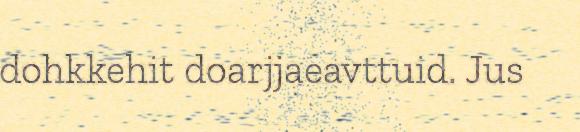
dohkkehit doarjjaeavttuid. Jus